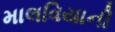
માલવિયાની